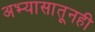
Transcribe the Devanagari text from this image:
अभ्यासातूनही